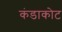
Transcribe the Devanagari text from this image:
कंडाकोट